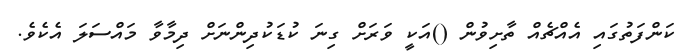
ކަންފަތުގައި އެއްޗެއް ތާށިވުން ()އަކީ ވަރަށް ގިނަ ކުޑަކުދިންނަށް ދިމާވާ މައްސަލަ އެކެވެ.